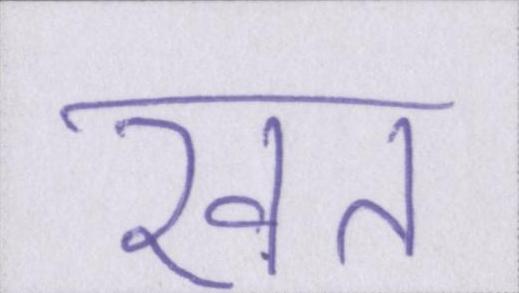
खत